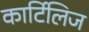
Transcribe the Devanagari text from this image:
कार्टिलिज